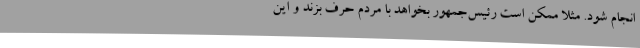
انجام شود. مثلاً ممکن است رئیس‌جمهور بخواهد با مردم حرف بزند و این